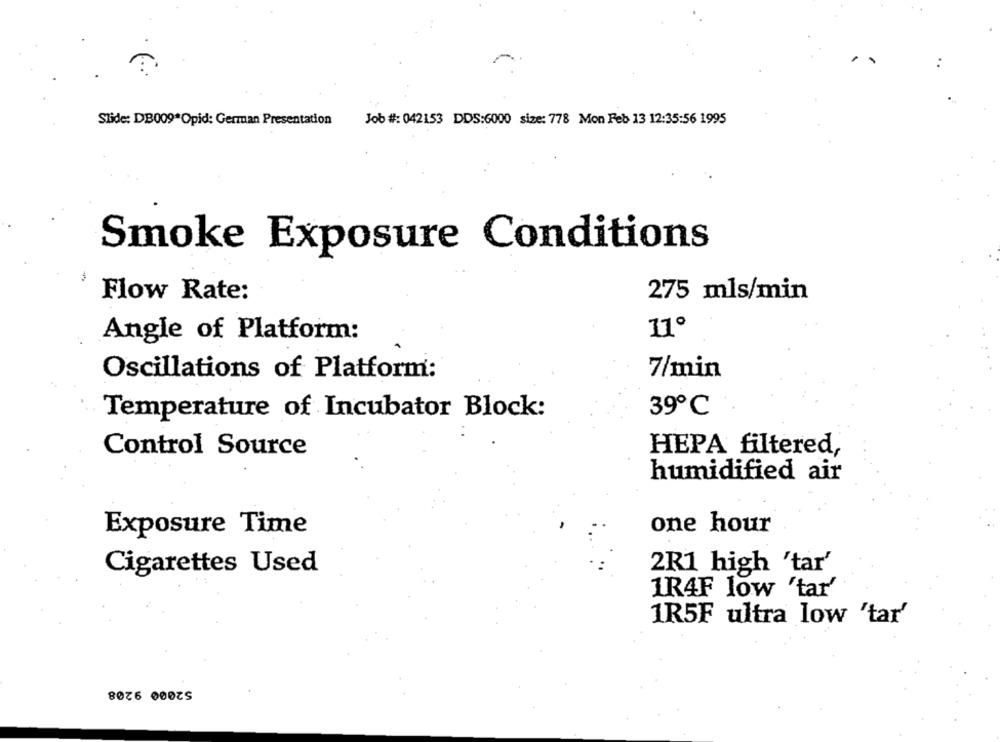
Slide: DB009*Opid: German Presentation
Job #: 042153 DDS:6000 size: 778 Mon Feb 13 12:35:56 1995
Smoke Exposure Conditions
Flow Rate:
275 mls/min
11º
Angle of Platform:
Oscillations of Platform:
7/min
Temperature of Incubator Block:
39º℃
Control Source
HEPA filtered,
humidified air
Exposure Time
one hour
2R1 high 'tar'
Cigarettes Used
1R4F low 'tar'
1R5F ultra low 'tar'
52000 9208